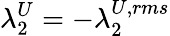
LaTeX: \lambda_{2}^{U}=-\lambda_{2}^{U,rms}